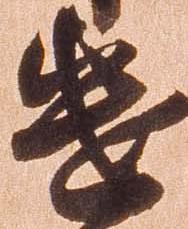
遣